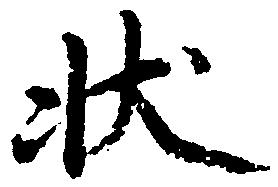
状